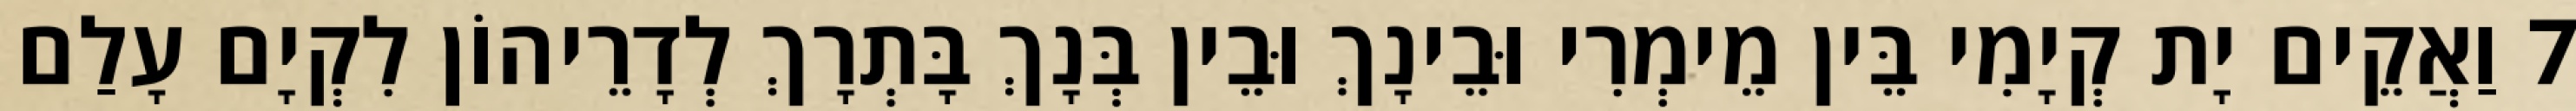
7 וַאֲקֵים יָת קְיָמִי בֵּין מֵימְרִי וּבֵינָךְ וּבֵין בְּנָךְ בָּתְרָךְ לְדָרֵיהוֹן לִקְיָם עָלַם